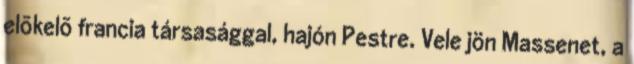
elõkelõ francia társasággal, hajón Pestre. Vele jön Massenet, a